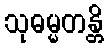
သုဓမ္မတန္တိ